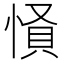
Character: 𢝢